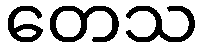
တေသ